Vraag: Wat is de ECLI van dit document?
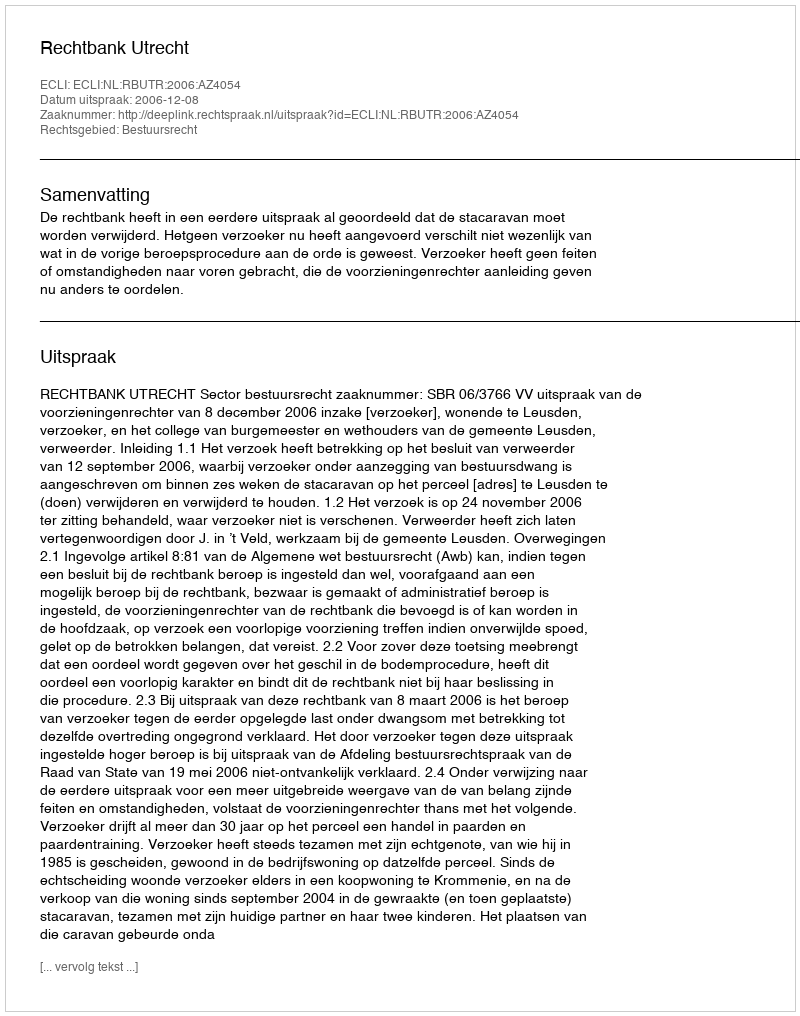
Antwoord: ECLI:NL:RBUTR:2006:AZ4054